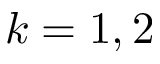
k = 1 , 2